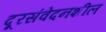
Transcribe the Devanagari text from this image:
दूरसंवेदनशील